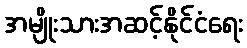
အမျိုးသားအဆင့်နိုင်ငံရေး